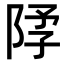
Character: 𫕃